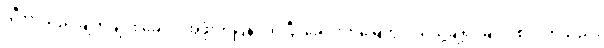
ဂျီတာသည် ချက်ချင်း ခေါင်း အဖုံးကိုပြန်ပိတ်ပြီး ခေါင်းကိုမြေတွင်းထဲသို့ချ၍ မြှုပ်ပစ်လိုက်သည်။